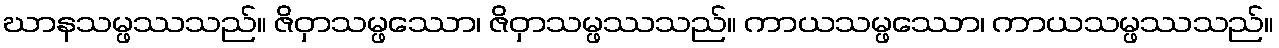
ဃာနသမ္ဖဿသည်။ ဇိဝှာသမ္ဖဿော၊ ဇိဝှာသမ္ဖဿသည်။ ကာယသမ္ဖဿော၊ ကာယသမ္ဖဿသည်။